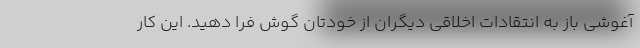
آغوشی باز به انتقادات اخلاقی دیگران از خودتان گوش فرا دهید. این کار